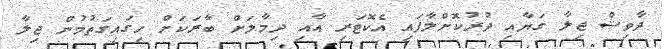
ދާވިޝް ޖިލާ ގަޔާއި ދުރުކޮށްލާފައި އެކޮޓަރި އާއި ދިމާލަށް ބާރަކަށް ހިގައިގަތުމުން ޖިލާ